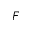
F